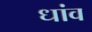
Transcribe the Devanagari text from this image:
धांव